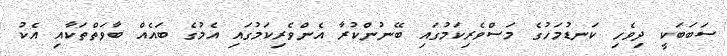
ސަބަބަކީ ދިވެހި ކަނޑުމަހުގެ މަސްވެރިކަމުގައި ބޭނުންކުރާ އެންވެރިކަމުގައި އެމުގެ ބައެއް ބާވަތްތަކާއި އެކު